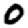
Digit: 0